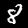
Digit: 8